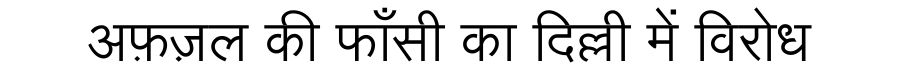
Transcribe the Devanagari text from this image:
अफ़ज़ल की फाँसी का दिल्ली में विरोध